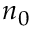
n _ { 0 }